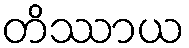
တိဿာယ